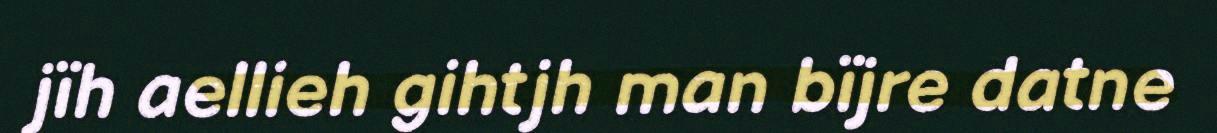
jïh aellieh gihtjh man bïjre datne